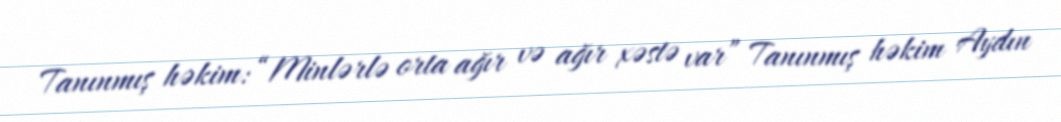
Tanınmış həkim: “Minlərlə orta ağır və ağır xəstə var” Tanınmış həkim Aydın